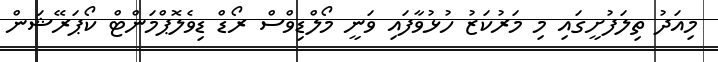
މިއަދު ތިލަފުށީގައި މި މަރުކަޒު ހުޅުވާފައި ވަނީ މޯލްޑިވްސް ރޯޑް ޑިވެލޮޕްމަންޓް ކޯޕަރޭޝަން